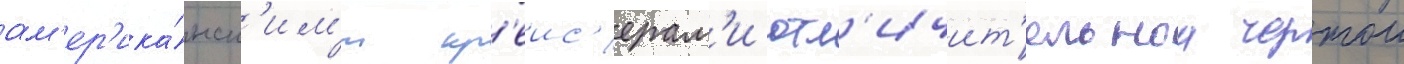
ам'ер'ика́нск'им'и кр'еис'ерам'и отл'ичит'ельнои чертои